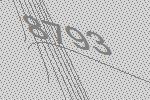
8793